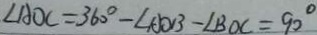
\angle A O C = 3 6 0 ^ { \circ } - \angle A O B - \angle B O C = 9 0 ^ { \circ }